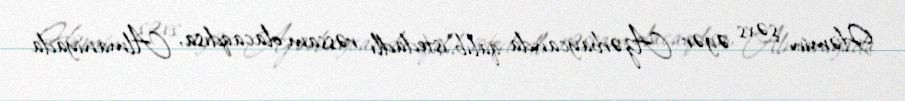
Həmin şəxs əgər Azərbaycanda qalıb istedadlı rəssam olacaqdısa, Almaniyada